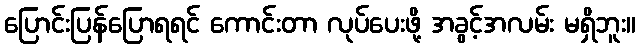
ပြောင်းပြန်ပြောရရင် ကောင်းတာ လုပ်ပေးဖို့ အခွင့်အလမ်း မရှိဘူး။